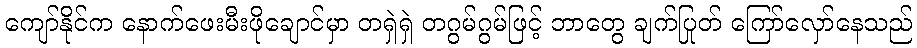
ကျော်နိုင်က နောက်ဖေးမီးဖိုချောင်မှာ တရှဲရှဲ တဂွမ်ဂွမ်ဖြင့် ဘာတွေ ချက်ပြုတ် ကြော်လှော်နေသည်